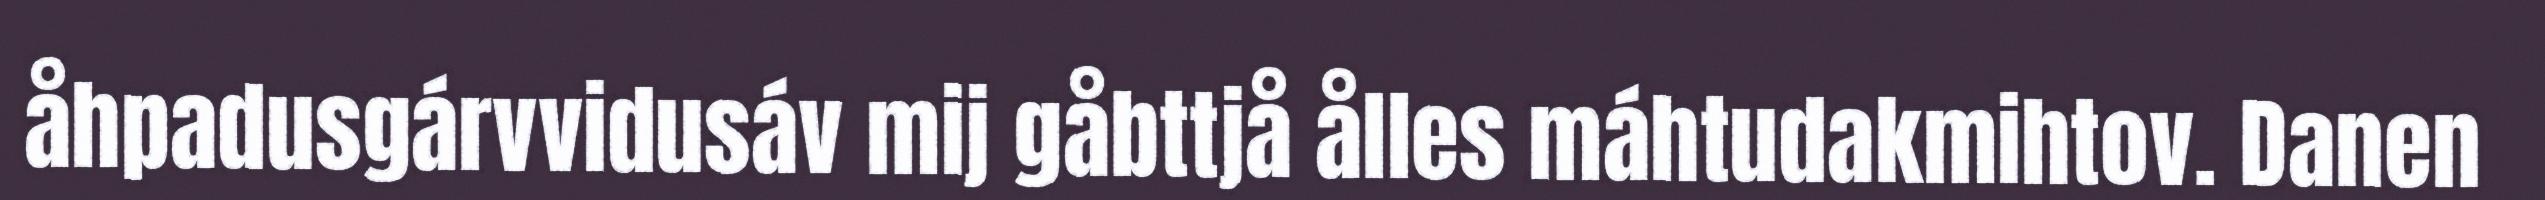
åhpadusgárvvidusáv mij gåbttjå ålles máhtudakmihtov. Danen